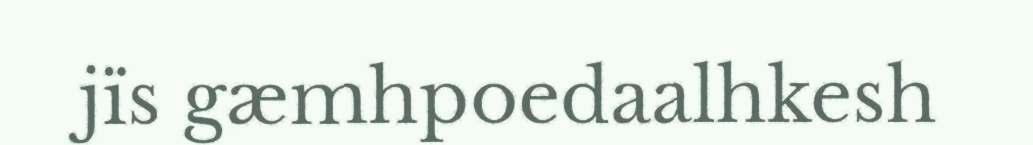
jïs gæmhpoedaalhkesh